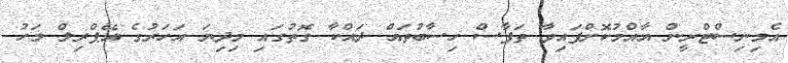
އެމިނިސްޓްރީން އާއްމުކޮށްފައިވާ ތަފާސް ހިސާބުތައް ދައްކާ ގޮތުގައި މިދިޔަ އަހަރުގެ އޭޕްރިލް މަހު